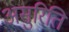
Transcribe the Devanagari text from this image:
असुरिति